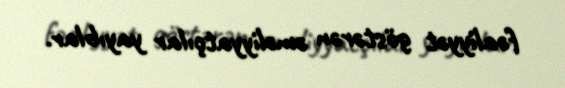
fəaliyyət göstərən əməliyyatçılar yayıblar.